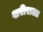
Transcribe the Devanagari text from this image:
शरीराला